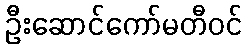
ဦးဆောင်ကော်မတီဝင်